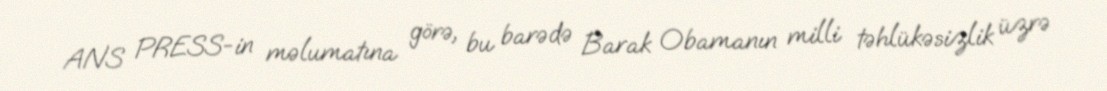
ANS PRESS-in məlumatına görə, bu barədə Barak Obamanın milli təhlükəsizlik üzrə